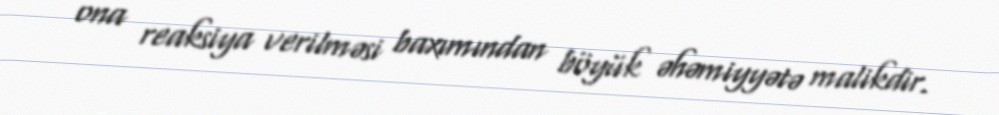
ona reaksiya verilməsi baxımından böyük əhəmiyyətə malikdir.